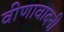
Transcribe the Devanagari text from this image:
वीणावादनी